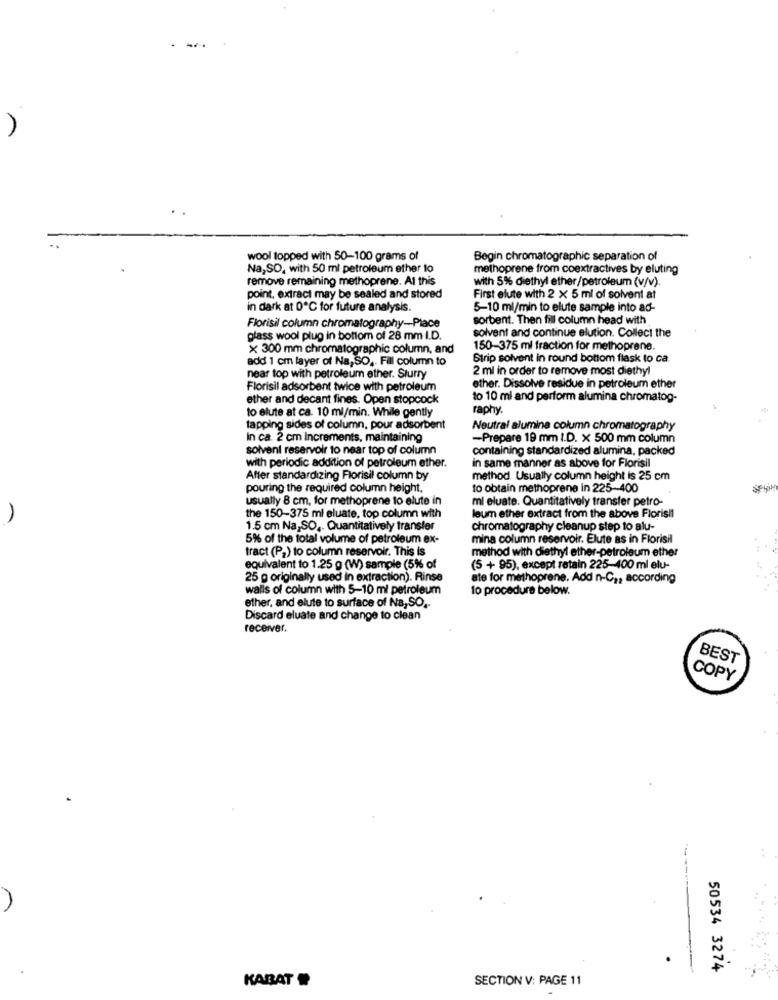
)
wool topped with 50-100 grams of
Begin chromatographic separation of
Na,SO, with 50 ml petroleum ether to
methoprene from coextractives by eluting
remove remaining methoprene. Al this
with 5% diethyl ether/petroleum (v/v).
point, extract may be sealed and stored
First elute with 2 x 5 ml of solvent at
in dark at 0℃ for future analysis.
5-10 ml/min to elute sample into ad-
sorbent. Then fill column head with
Florisil column chromatography-Place
glass wool plug in bottom of 28 mm I.D.
solvent and continue elution. Collect the
x 300 mm chromatographic column, and
150-375 ml fraction for methoprene.
add 1 cm layer of Na, SO, Fil column to
Strip solvent in round bottom flask to ca
2 ml in order to remove most diethyl
near top with petroleum ether. Slurry
Florisil adsorbent twice with petroleum
other. Dissolve residue in petroleum ether
ether and decant fines. Open stopcock
to 10 ml and perform alumina chromatog-
raphy
to elute at ca. 10 ml/min. While gently
tapping sides of column, pour adsorbent
Neutral alumina column chromatography
In ca. 2 cm Increments, maintaining
-Prepare 19 mm I.D. x 500 mm column
solvent reservoir to near top of column
containing standardized alumina, packed
with periodic addition of petroleum ether.
in same manner as above for Florisil
After standardizing Florisil column by
method. Usually column height is 25 cm
pouring the required column height.
to obtain methoprene in 225-400
usually 8 cm, for methoprene to elute in
mi eluate. Quantitatively transfer petro-
the 150-375 ml eluate, top column with
leum ether extract from the above Florisil
1.5 cm Na,SO ,. Quantitatively transfer
chromatography cleanup step to alu-
5% of the total volume of petroleum ex-
mina column reservoir. Elute as in Florisil
tract (P2) to column reservoir. This is
method with diethyl ether-petroleum ether
equivalent to 1.25 g (W) sample (5% of
(5 + 95), except retain 225-400 ml elu-
25 g originally used in extraction). Rinse
ate for methoprene. Add n-C ,, according
walis of column with 5-10 ml petroleum
to procedure below.
ether, and elute to surface of Na, SO .-
Discard eluate and change to clean
receiver.
BEST
COPY
50534 3274
KABAT
SECTION V: PAGE 11